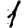
Digit: 1